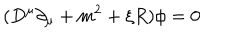
LaTeX: ( D ^ { \mu } \partial _ { \mu } + m ^ { 2 } + \xi R ) \phi = 0